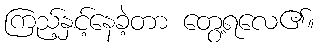
ကြည့်နှင့်နေခဲ့တာ တွေ့ရလေ၏။